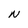
Character: N